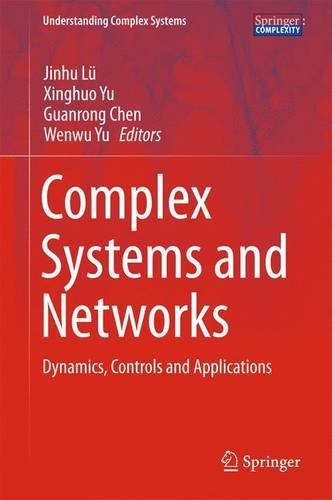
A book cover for Complex Systems and  Networks: Dynamics, Controls and Applications (Understanding Complex Systems); Science & Math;